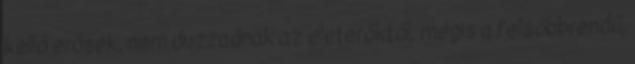
kellő erősek, nem duzzadnak az életerőktől, mégis a felsőbbrendű,